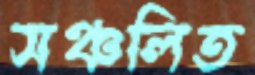
সঞ্চলিত